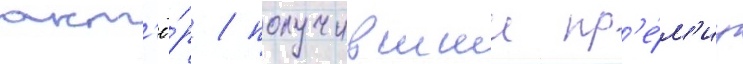
акт'ё́р / получившии пр'е́м'иу